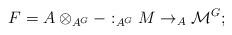
LaTeX: \begin{align*}F = A \otimes_{A^{G}} -: _{A^G}M \rightarrow _A\mathcal{M}^G;\end{align*}